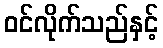
ဝင်လိုက်သည်နှင့်